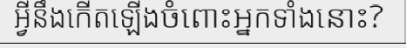
អ្វីនឹងកើតឡើងចំពោះអ្នកទាំងនោះ?